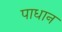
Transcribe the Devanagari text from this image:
पाधान